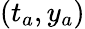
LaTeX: (t_{a},y_{a})